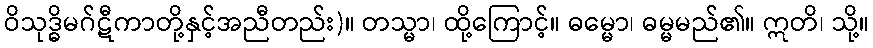
ဝိသုဒ္ဓိမဂ်ဋီကာတို့နှင့်အညီတည်း)။ တသ္မာ၊ ထို့ကြောင့်။ ဓမ္မော၊ ဓမ္မမည်၏။ ဣတိ၊ သို့။